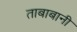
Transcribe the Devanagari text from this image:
ताबाबानी